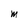
Character: M